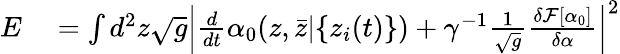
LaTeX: \begin{array}{rl}{E}&{{}=\int d^{2}z\sqrt{g}\left|\frac{d}{dt}\alpha_{0}(z,{\bar{z}}|\{ z_{i}(t)\} )+\gamma^{-1}\frac{1}{\sqrt{g}}\frac{\delta\mathcal F[\alpha_{0}]}{\delta\alpha}\right|^{2}}\end{array}